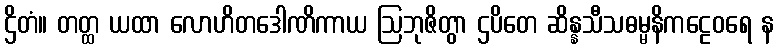
ဌိတံ။ တတ္ထ ယထာ လောဟိတဒေါဏိကာယ ဩဘုဇိတွာ ဌပိတေ ဆိန္နသီသဓမ္မနိကဠေဝရေ န